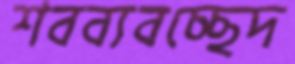
শবব্যবচ্ছেদ